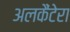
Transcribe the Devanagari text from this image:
अलकैंटेरा